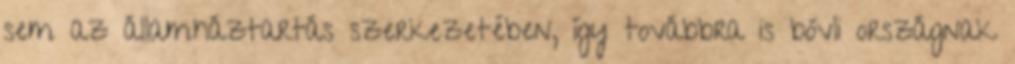
sem az államháztartás szerkezetében, így továbbra is bóvli országnak